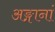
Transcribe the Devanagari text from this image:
अङ्गानां